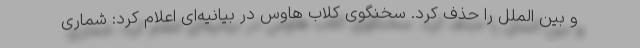
و بین الملل را حذف کرد. سخنگوی کلاب هاوس در بیانیه‌ای اعلام کرد: شماری